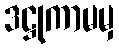
ဒဋ္ဌုကာမမှ